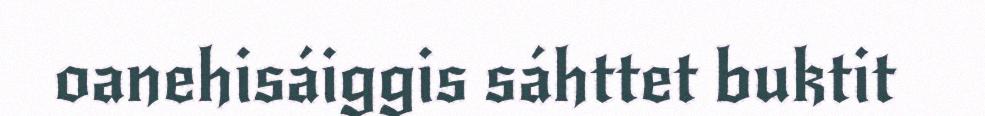
oanehisáiggis sáhttet buktit